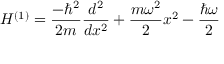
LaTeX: H ^ { ( 1 ) } = { \frac { - \hbar ^ { 2 } } { 2 m } } { \frac { d ^ { 2 } } { d x ^ { 2 } } } + { \frac { m \omega ^ { 2 } } { 2 } } x ^ { 2 } - { \frac { \hbar \omega } { 2 } }